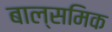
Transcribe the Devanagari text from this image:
बाल्समिक